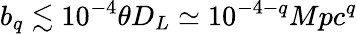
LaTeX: b_{q}\lesssim 10^{-4}\theta D_{L}\simeq 10^{-4-q}Mpc^{q}